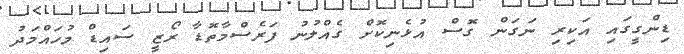
ޑިންގީގައި އަކިރި ނަގަން ގޮސް އުޅެނިކޮށް ގެއްލުނު ފަރެސްމާތޮޑާ ރޯޒީ ސައިޑް މުހައްމަދު